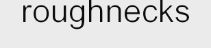
roughnecks